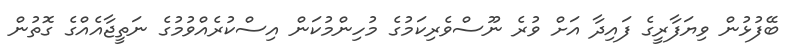
ބޭފުޅުން ވިޔަފާރީގެ ފައިދާ އަށް ވުރެ ނޫސްވެރިކަމުގެ މުހިންމުކަން އިސްކުރެއްވުމުގެ ނަތީޖާއެއްގެ ގޮތުން